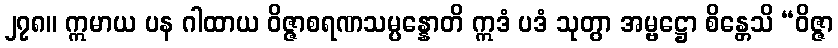
၂၇၈။ ဣမာယ ပန ဂါထာယ ဝိဇ္ဇာစရဏသမ္ပန္နောတိ ဣဒံ ပဒံ သုတွာ အမ္ဗဋ္ဌော စိန္တေသိ “ဝိဇ္ဇာ